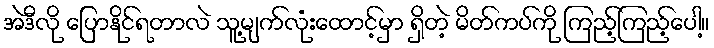
အဲဒီလို ပြောနိုင်ရတာလဲ သူ့မျက်လုံးထောင့်မှာ ရှိတဲ့ မိတ်ကပ်ကို ကြည့်ကြည့်ပေါ့။